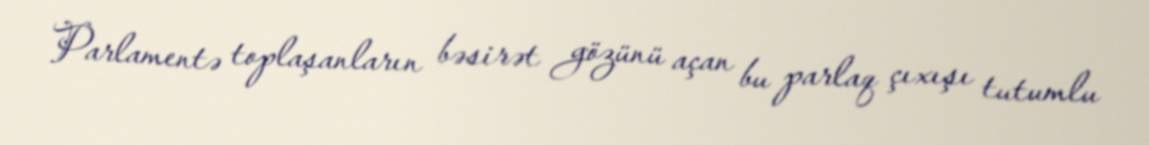
Parlamentə toplaşanların bəsirət gözünü açan bu parlaq çıxışı tutumlu